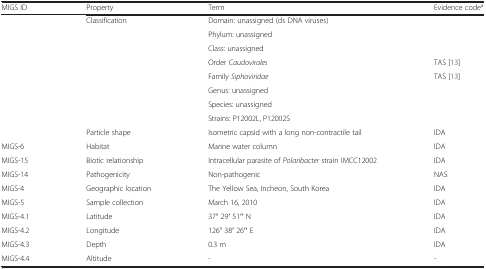
<table><thead><tr><td><b>MIGS ID</b></td><td><b>Property</b></td><td><b>Term</b></td><td><b>Evidence code<sup>a</sup></b></td></tr></thead><tbody><tr><td></td><td>Classification</td><td>Domain: unassigned (ds DNA viruses)</td><td></td></tr><tr><td></td><td></td><td>Phylum: unassigned</td><td></td></tr><tr><td></td><td></td><td>Class: unassigned</td><td></td></tr><tr><td></td><td></td><td>Order <i>Caudovirales</i></td><td>TAS [13]</td></tr><tr><td></td><td></td><td>Family <i>Siphoviridae</i></td><td>TAS [13]</td></tr><tr><td></td><td></td><td>Genus: unassigned</td><td></td></tr><tr><td></td><td></td><td>Species: unassigned</td><td></td></tr><tr><td></td><td></td><td>Strains: P12002L, P12002S</td><td></td></tr><tr><td></td><td>Particle shape</td><td>Isometric capsid with a long non-contractile tail</td><td>IDA</td></tr><tr><td>MIGS-6</td><td>Habitat</td><td>Marine water column</td><td>IDA</td></tr><tr><td>MIGS-15</td><td>Biotic relationship</td><td>Intracellular parasite of <i>Polaribacter</i> strain IMCC12002</td><td>IDA</td></tr><tr><td>MIGS-14</td><td>Pathogenicity</td><td>Non-pathogenic</td><td>NAS</td></tr><tr><td>MIGS-4</td><td>Geographic location</td><td>The Yellow Sea, Incheon, South Korea</td><td>IDA</td></tr><tr><td>MIGS-5</td><td>Sample collection</td><td>March 16, 2010</td><td>IDA</td></tr><tr><td>MIGS-4.1</td><td>Latitude</td><td>37° 29′ 51′′ N</td><td>IDA</td></tr><tr><td>MIGS-4.2</td><td>Longitude</td><td>126° 38′ 26′′ E</td><td>IDA</td></tr><tr><td>MIGS-4.3</td><td>Depth</td><td>0.3 m</td><td>IDA</td></tr><tr><td>MIGS-4.4</td><td>Altitude</td><td>-</td><td>-</td></tr></tbody></table>